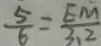
\frac { 5 } { 6 } = \frac { E M } { 3 . 2 }